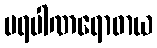
ပရပါဏရောဓာယ